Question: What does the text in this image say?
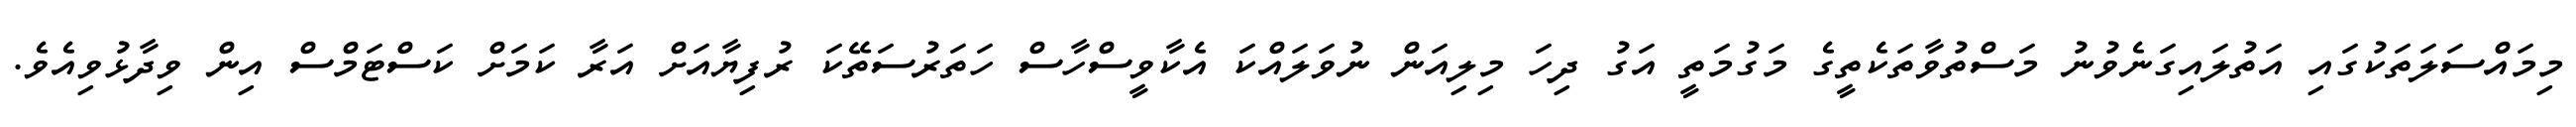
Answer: މިމައްސަލަތަކުގައި އަތުލައިގަނެވުނު މަސްތުވާތަކެތީގެ މަގުމަތީ އަގު ދިހަ މިލިއަން ނުވަލައްކަ އެކާވީސްހާސް ހަތަރުސަތޭކަ ރުފިޔާއަށް އަރާ ކަމަށް ކަސްޓަމްސް އިން ވިދާޅުވިއެވެ.